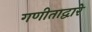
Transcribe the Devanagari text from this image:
गणीताद्वारे